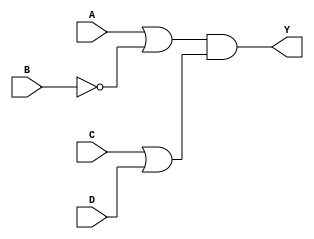
module ProductOfSums (
    input wire A,      // Input A
    input wire B,      // Input B
    input wire C,      // Input C
    input wire D,      // Input D
    output wire Y      // Output Y
);

// Internal wires for OR gate outputs
wire or1_out;
wire or2_out;

// OR gates forming the sums (example POS: (A + B')(C + D))
assign or1_out = A | ~B;  // First OR gate: A + B'
assign or2_out = C | D;    // Second OR gate: C + D

// AND gate for final output Y
assign Y = or1_out & or2_out;  // Output: (A + B')(C + D)

endmodule